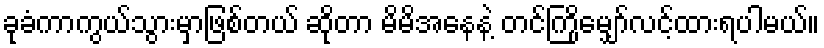
ခုခံကာကွယ်သွားမှာဖြစ်တယ် ဆိုတာ မိမိအနေနဲ့ တင်ကြိုမျှော်လင့်ထားရပါမယ်။